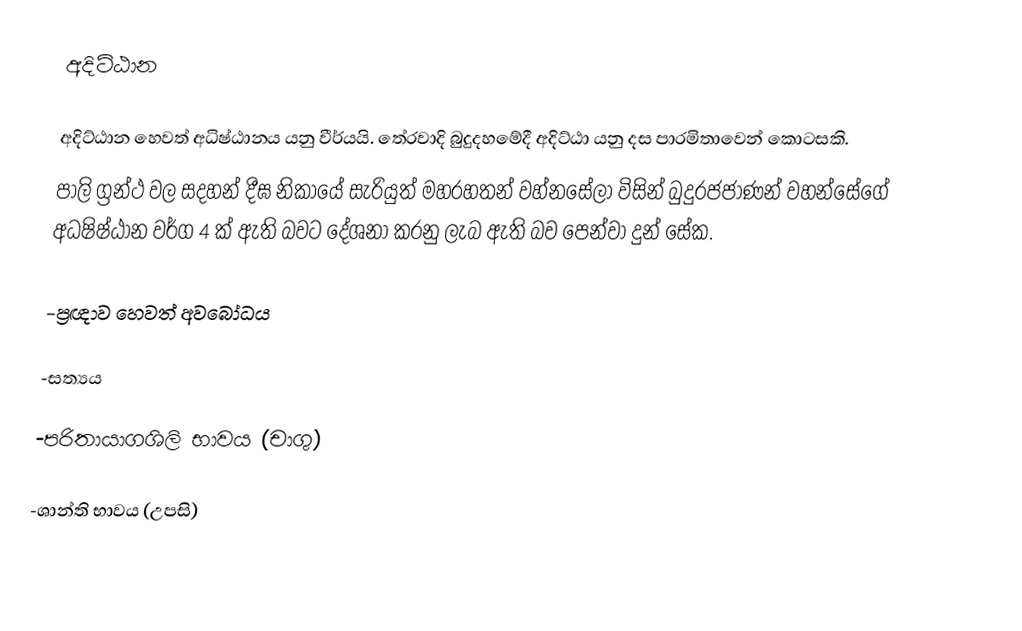
අදිට්ඨාන

අදිට්ඨාන හෙවත් අධිෂ්ඨානය යනු වීර්යයි. තේරවාදි බුදුදහමේදී අදිට්ඨා යනු දස පාරමිතාවෙන් කොටසකි.
පාලි ග්‍රන්ථ වල සදහන් දීඝ නිකායේ සැරියුත් මහරහතන් වහ්නසේලා විසින් බුදුරජජාණන් වහන්සේගේ අධෂිෂ්ඨාන වර්ග 4 ක් ඇති බවට දේශනා කරනු ලැබ ඇති බව පෙන්වා දුන් සේක.

-ප්‍රඥාව හෙවත් අවබෝධය

-සත්‍යය

-පරිතායාගශිලි භාවය (චාගු)

-ශාන්ති භාවය (උපසි)